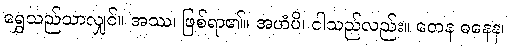
ရွှေသည်သာလျှင်။ အဿ၊ ဖြစ်ရာ၏။ အဟံပိ၊ ငါသည်လည်း။ တေန ဓနေန၊